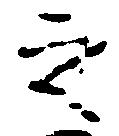
之